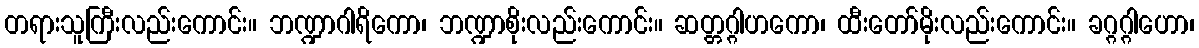
တရားသူကြီးလည်းကောင်း။ ဘဏ္ဍာဂါရိကော၊ ဘဏ္ဍာစိုးလည်းကောင်း။ ဆတ္တဂ္ဂါဟကော၊ ထီးတော်မိုးလည်းကောင်း။ ခဂ္ဂဂ္ဂါဟော၊